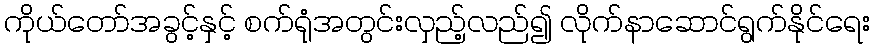
ကိုယ်တော်အခွင့်နှင့် စက်ရုံအတွင်းလှည့်လည်၍ လိုက်နာဆောင်ရွက်နိုင်ရေး